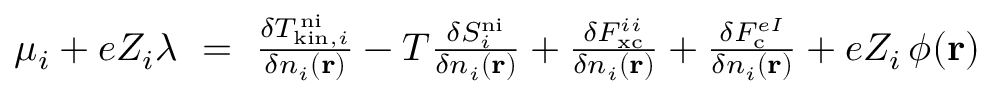
\begin{array} { r } { \mu _ { i } + e Z _ { i } \lambda \ = \ \frac { \delta T _ { \mathrm { k i n } , i } ^ { \mathrm { \, n i } } } { \delta n _ { i } ( \mathbf { r } ) } - T \frac { \delta S _ { i } ^ { \mathrm { n i } } } { \delta n _ { i } ( \mathbf { r } ) } + \frac { \delta F _ { \mathrm { x c } } ^ { i i } } { \delta n _ { i } ( \mathbf { r } ) } + \frac { \delta F _ { \mathrm { c } } ^ { e I } } { \delta n _ { i } ( \mathbf { r } ) } + e Z _ { i } \, \phi ( \mathbf { r } ) } \end{array}